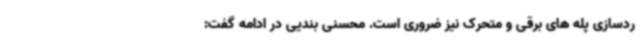
ردسازی پله های برقی و متحرک نیز ضروری است. محسنی بندیی در ادامه گفت: